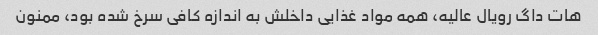
هات داگ رویال عالیه، همه مواد غذایی داخلش به اندازه کافی سرخ شده بود، ممنون